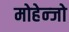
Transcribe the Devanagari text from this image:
मोहेन्जो